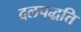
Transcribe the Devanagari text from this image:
दलपद्धति